Civil Veterinary Department Bengal reports 1933-51 - 1933-1951
Year: 1933
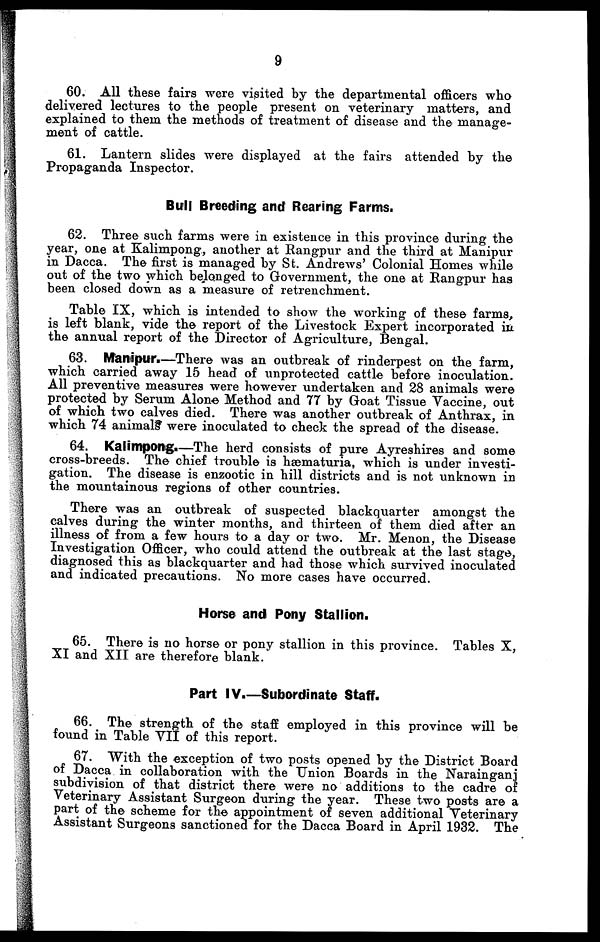
9
60. All these fairs were visited by the departmental officers who
delivered lectures to the people present on veterinary matters, and
explained to them the methods of treatment of disease and the manage-
ment of cattle.
61. Lantern slides were displayed at the fairs attended by the
Propaganda Inspector.
Bull Breeding and Rearing Farms.
62. Three such farms were in existence in this province during the
year, one at Kalimpong, another at Rangpur and the third at Manipur
in Dacca. The first is managed by St. Andrews' Colonial Homes while
out of the two which belonged to Government, the one at Rangpur has
been closed down as a measure of retrenchment.
Table IX, which is intended to show the working of these farms,
is left blank, vide the report of the Livestock Expert incorporated in
the annual report of the Director of Agriculture, Bengal.
63. Manipur.—There was an outbreak of rinderpest on the farm,
which carried away 15 head of unprotected cattle before inoculation.
All preventive measures were however undertaken and 28 animals were
protected by Serum Alone Method and 77 by Goat Tissue Vaccine, out
of which two calves died. There was another outbreak of Anthrax, in
which 74 animal's were inoculated to check the spread of the disease.
64. Kalimpong.—The herd consists of pure Ayreshires and some
cross-breeds. The chief trouble is hæmaturia, which is under investi-
gation. The disease is enzootic in hill districts and is not unknown in
the mountainous regions of other countries.
There was an outbreak of suspected blackquarter amongst the
calves during the winter months, and thirteen of them died after an
illness of from a few hours to a day or two. Mr. Menon, the Disease
Investigation Officer, who could attend the outbreak at the last stage,
diagnosed this as blackquarter and had those which survived inoculated
and indicated precautions. No more cases have occurred.
Horse and Pony Stallion.
65. There is no horse or pony stallion in this province. Tables X,
XI and XII are therefore blank.
Part IV.—Subordinate Staff.
66. The strength of the staff employed in this province will be
found in Table VII of this report.
67. With the exception of two posts opened by the District Board
of Dacca in collaboration with the Union Boards in the Narainganj
subdivision of that district there were no additions to the cadre of
Veterinary Assistant Surgeon during the year. These two posts are a
part of the scheme for the appointment of seven additional Veterinary
Assistant Surgeons sanctioned for the Dacca Board in April 1932. The